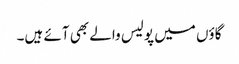
گاؤں میں پولیس والے بھی آئے ہیں۔